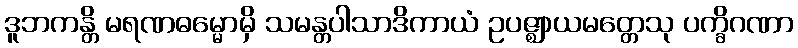
ဒူဘကန္တိ မရဏဓမ္မောမှိ သမန္တပါသာဒိကာယံ ဥပဇ္ဈာယမတ္တေသု ပက္ခိဂဏာ